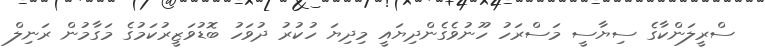
ސްރީލަންކާގެ ސިޔާސީ މަސްރަހު ހޫނުވެގެންދިޔައީ މިދިޔަ ހުކުރު ދުވަހު ބޮޑުވަޒީރުކަމުގެ މަގާމުން ރަނިލް